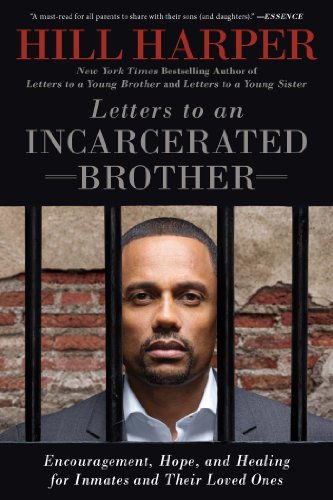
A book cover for Letters to an Incarcerated Brother: Encouragement, Hope, and Healing for Inmates and Their Loved Ones; Hill Harper; Self-Help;